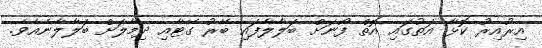
އިރުއިރު ކޮޅާ އަތުގައި އޮތް ފޯނަށް ބަލާލާފައި ބޭރު ގޭޓާއި ދިމާލަށް ބަލާލާނެއެވެ.